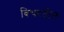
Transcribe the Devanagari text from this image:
बिथरतील